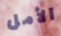
الأمل